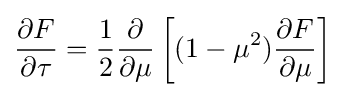
{\partial F \over \partial \tau }={1 \over 2}{\partial  \over \partial \mu }\left[(1-\mu ^{2}){\partial F \over \partial \mu }\right]